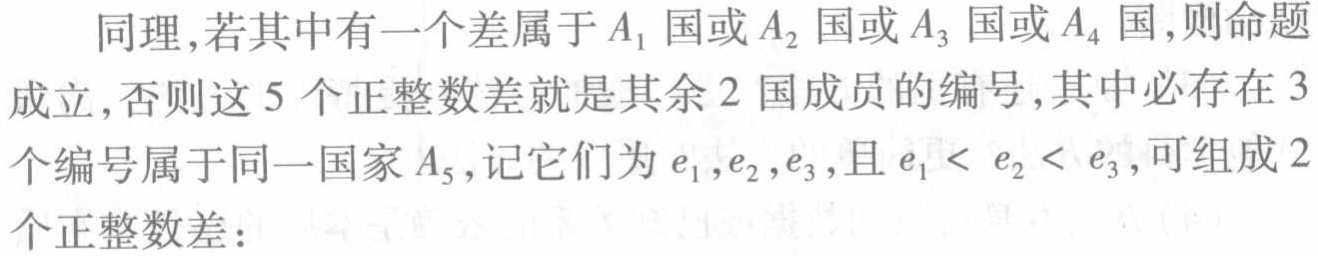
同理,若其中有一个差属于\(A_1\)国或\(A_2\)国或\(A_3\)国或\(A_4\)国,则命题成立,否则这\(5\)个正整数差就是其余\(2\)国成员的编号,其中必存在\(3\)个编号属于同一国家\(A_5\),记它们为\(e_1,e_2,e_3\),且\(e_1 < e_2 < e_3\),可组成\(2\)个正整数差：